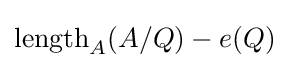
\operatorname {length} _{A}(A/Q)-e(Q)